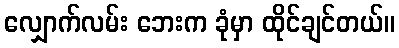
လျှောက်လမ်း ဘေးက ခုံမှာ ထိုင်ချင်တယ်။